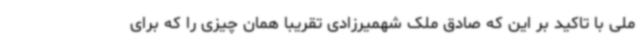
ملی با تاکید بر این که صادق ملک شهمیرزادی تقریبا همان چیزی را که برای